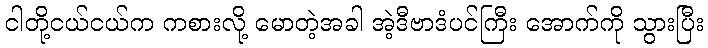
ငါတို့ငယ်ငယ်က ကစားလို့ မောတဲ့အခါ အဲ့ဒီဗာဒံပင်ကြီး အောက်ကို သွားပြီး